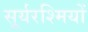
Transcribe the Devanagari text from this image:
सूर्यरश्मियों